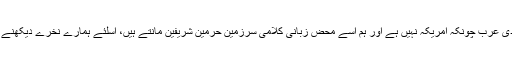
مگر سعودی عرب چونکہ امریکہ نہیں ہے اور ہم اسے محض زبانی کلامی سرزمین حرمین شریفین مانتے ہیں، اسلئے ہمارے نخرے دیکھنے والے ہیں۔